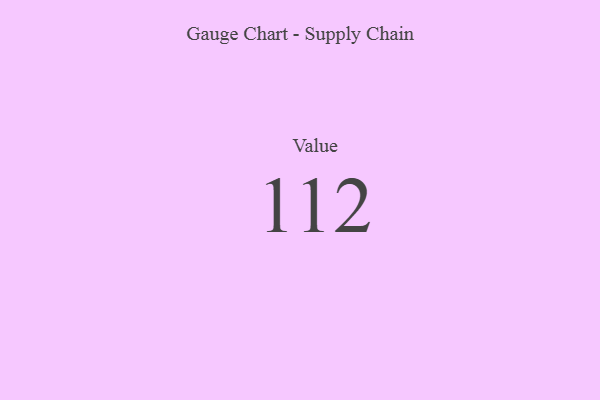
{"axis": {"x": "Metric", "y": "Value"}, "legend": [""], "data": [{"x": "Value", "y": 112, "type": ""}]}